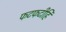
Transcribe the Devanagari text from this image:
फटफटीहि